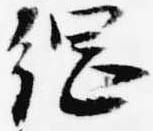
綱